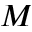
M